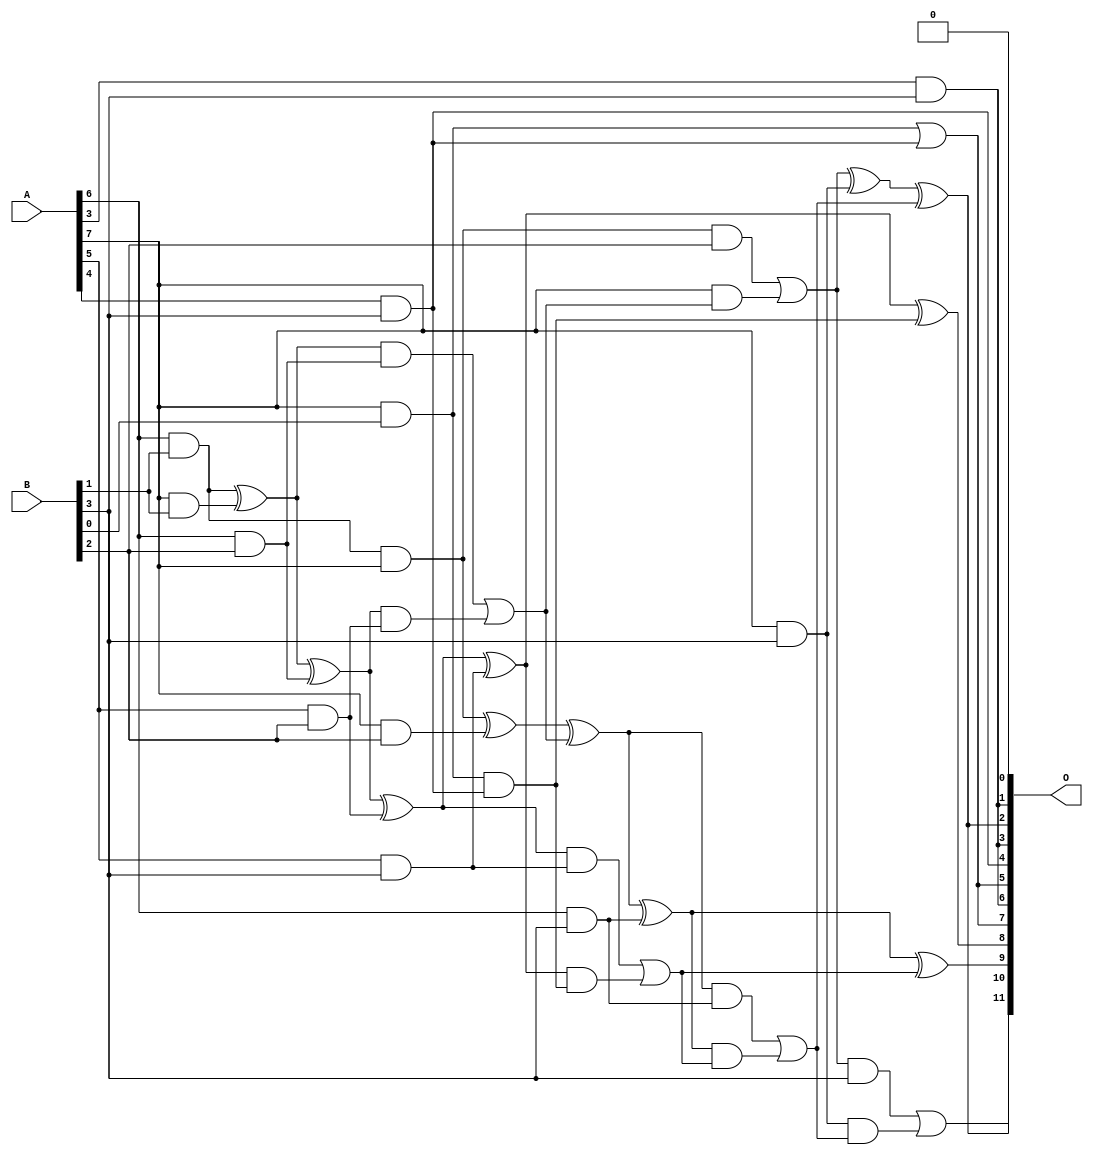
/***
* This code is a part of EvoApproxLib library (ehw.fit.vutbr.cz/approxlib) distributed under The MIT License.
* When used, please cite the following article(s): V. Mrazek, L. Sekanina, Z. Vasicek "Libraries of Approximate Circuits: Automated Design and Application in CNN Accelerators" IEEE Journal on Emerging and Selected Topics in Circuits and Systems, Vol 10, No 4, 2020 
* This file contains a circuit from a sub-set of pareto optimal circuits with respect to the pwr and wce parameters
***/
// MAE% = 1.45 %
// MAE = 60 
// WCE% = 5.35 %
// WCE = 219 
// WCRE% = 100.00 %
// EP% = 92.72 %
// MRE% = 20.48 %
// MSE = 5621 
// PDK45_PWR = 0.035 mW
// PDK45_AREA = 115.0 um2
// PDK45_DELAY = 0.59 ns

module mul8x4u_2AE (
    A,
    B,
    O
);

input [7:0] A;
input [3:0] B;
output [11:0] O;

wire sig_12,sig_13,sig_19,sig_27,sig_60,sig_61,sig_67,sig_68,sig_69,sig_97,sig_98,sig_99,sig_100,sig_101,sig_102,sig_103,sig_104,sig_105,sig_106,sig_111;
wire sig_112,sig_113,sig_114,sig_132,sig_133,sig_137,sig_138,sig_139,sig_140,sig_141,sig_142,sig_143,sig_144,sig_145,sig_146,sig_147,sig_148,sig_149,sig_150,sig_151;

assign sig_12 = A[6] & B[1];
assign sig_13 = A[3] & B[3];
assign sig_19 = A[7] & B[0];
assign sig_27 = A[7] & B[1];
assign sig_60 = sig_12 & A[7];
assign sig_61 = sig_12 ^ sig_27;
assign sig_67 = A[5] & B[2];
assign sig_68 = A[6] & B[2];
assign sig_69 = A[7] & B[2];
assign sig_97 = sig_61 ^ sig_68;
assign sig_98 = sig_61 & sig_68;
assign sig_99 = sig_97 & sig_67;
assign sig_100 = sig_97 ^ sig_67;
assign sig_101 = sig_98 | sig_99;
assign sig_102 = sig_60 ^ sig_69;
assign sig_103 = sig_60 & B[2];
assign sig_104 = A[7] & sig_101;
assign sig_105 = sig_102 ^ sig_101;
assign sig_106 = sig_103 | sig_104;
assign sig_111 = A[4] & B[3];
assign sig_112 = A[5] & B[3];
assign sig_113 = A[6] & B[3];
assign sig_114 = A[7] & B[3];
assign sig_132 = sig_19 | sig_111;
assign sig_133 = sig_19 & sig_111;
assign sig_137 = sig_100 ^ sig_112;
assign sig_138 = sig_100 & sig_112;
assign sig_139 = sig_137 & sig_133;
assign sig_140 = sig_137 ^ sig_133;
assign sig_141 = sig_138 | sig_139;
assign sig_142 = sig_105 ^ sig_113;
assign sig_143 = sig_105 & sig_113;
assign sig_144 = sig_142 & sig_141;
assign sig_145 = sig_142 ^ sig_141;
assign sig_146 = sig_143 | sig_144;
assign sig_147 = sig_106 ^ sig_114;
assign sig_148 = sig_106 & B[3];
assign sig_149 = sig_114 & sig_146;
assign sig_150 = sig_147 ^ sig_146;
assign sig_151 = sig_148 | sig_149;

assign O[11] = sig_151;
assign O[10] = sig_150;
assign O[9] = sig_145;
assign O[8] = sig_140;
assign O[7] = sig_132;
assign O[6] = sig_13;
assign O[5] = sig_132;
assign O[4] = sig_111;
assign O[3] = sig_13;
assign O[2] = sig_150;
assign O[1] = sig_13;
assign O[0] = 1'b0;

endmodule